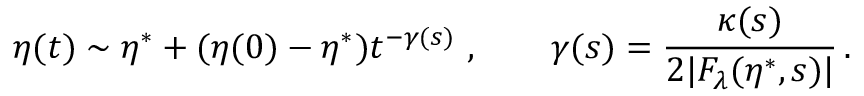
\eta ( t ) \sim \eta ^ { \ast } + ( \eta ( 0 ) - \eta ^ { \ast } ) t ^ { - \gamma ( s ) } \ , \qquad \gamma ( s ) = \frac { \kappa ( s ) } { 2 | F _ { \lambda } ( \eta ^ { \ast } , s ) | } \, .